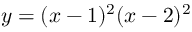
y = ( x - 1 ) ^ { 2 } ( x - 2 ) ^ { 2 }